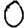
Digit: 0